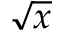
\sqrt { x }